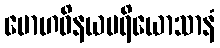
မောဟဝိနယပရိယောသာနံ